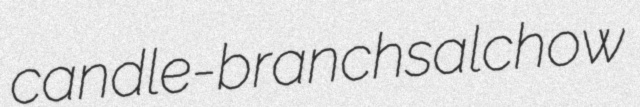
candle-branch salchow